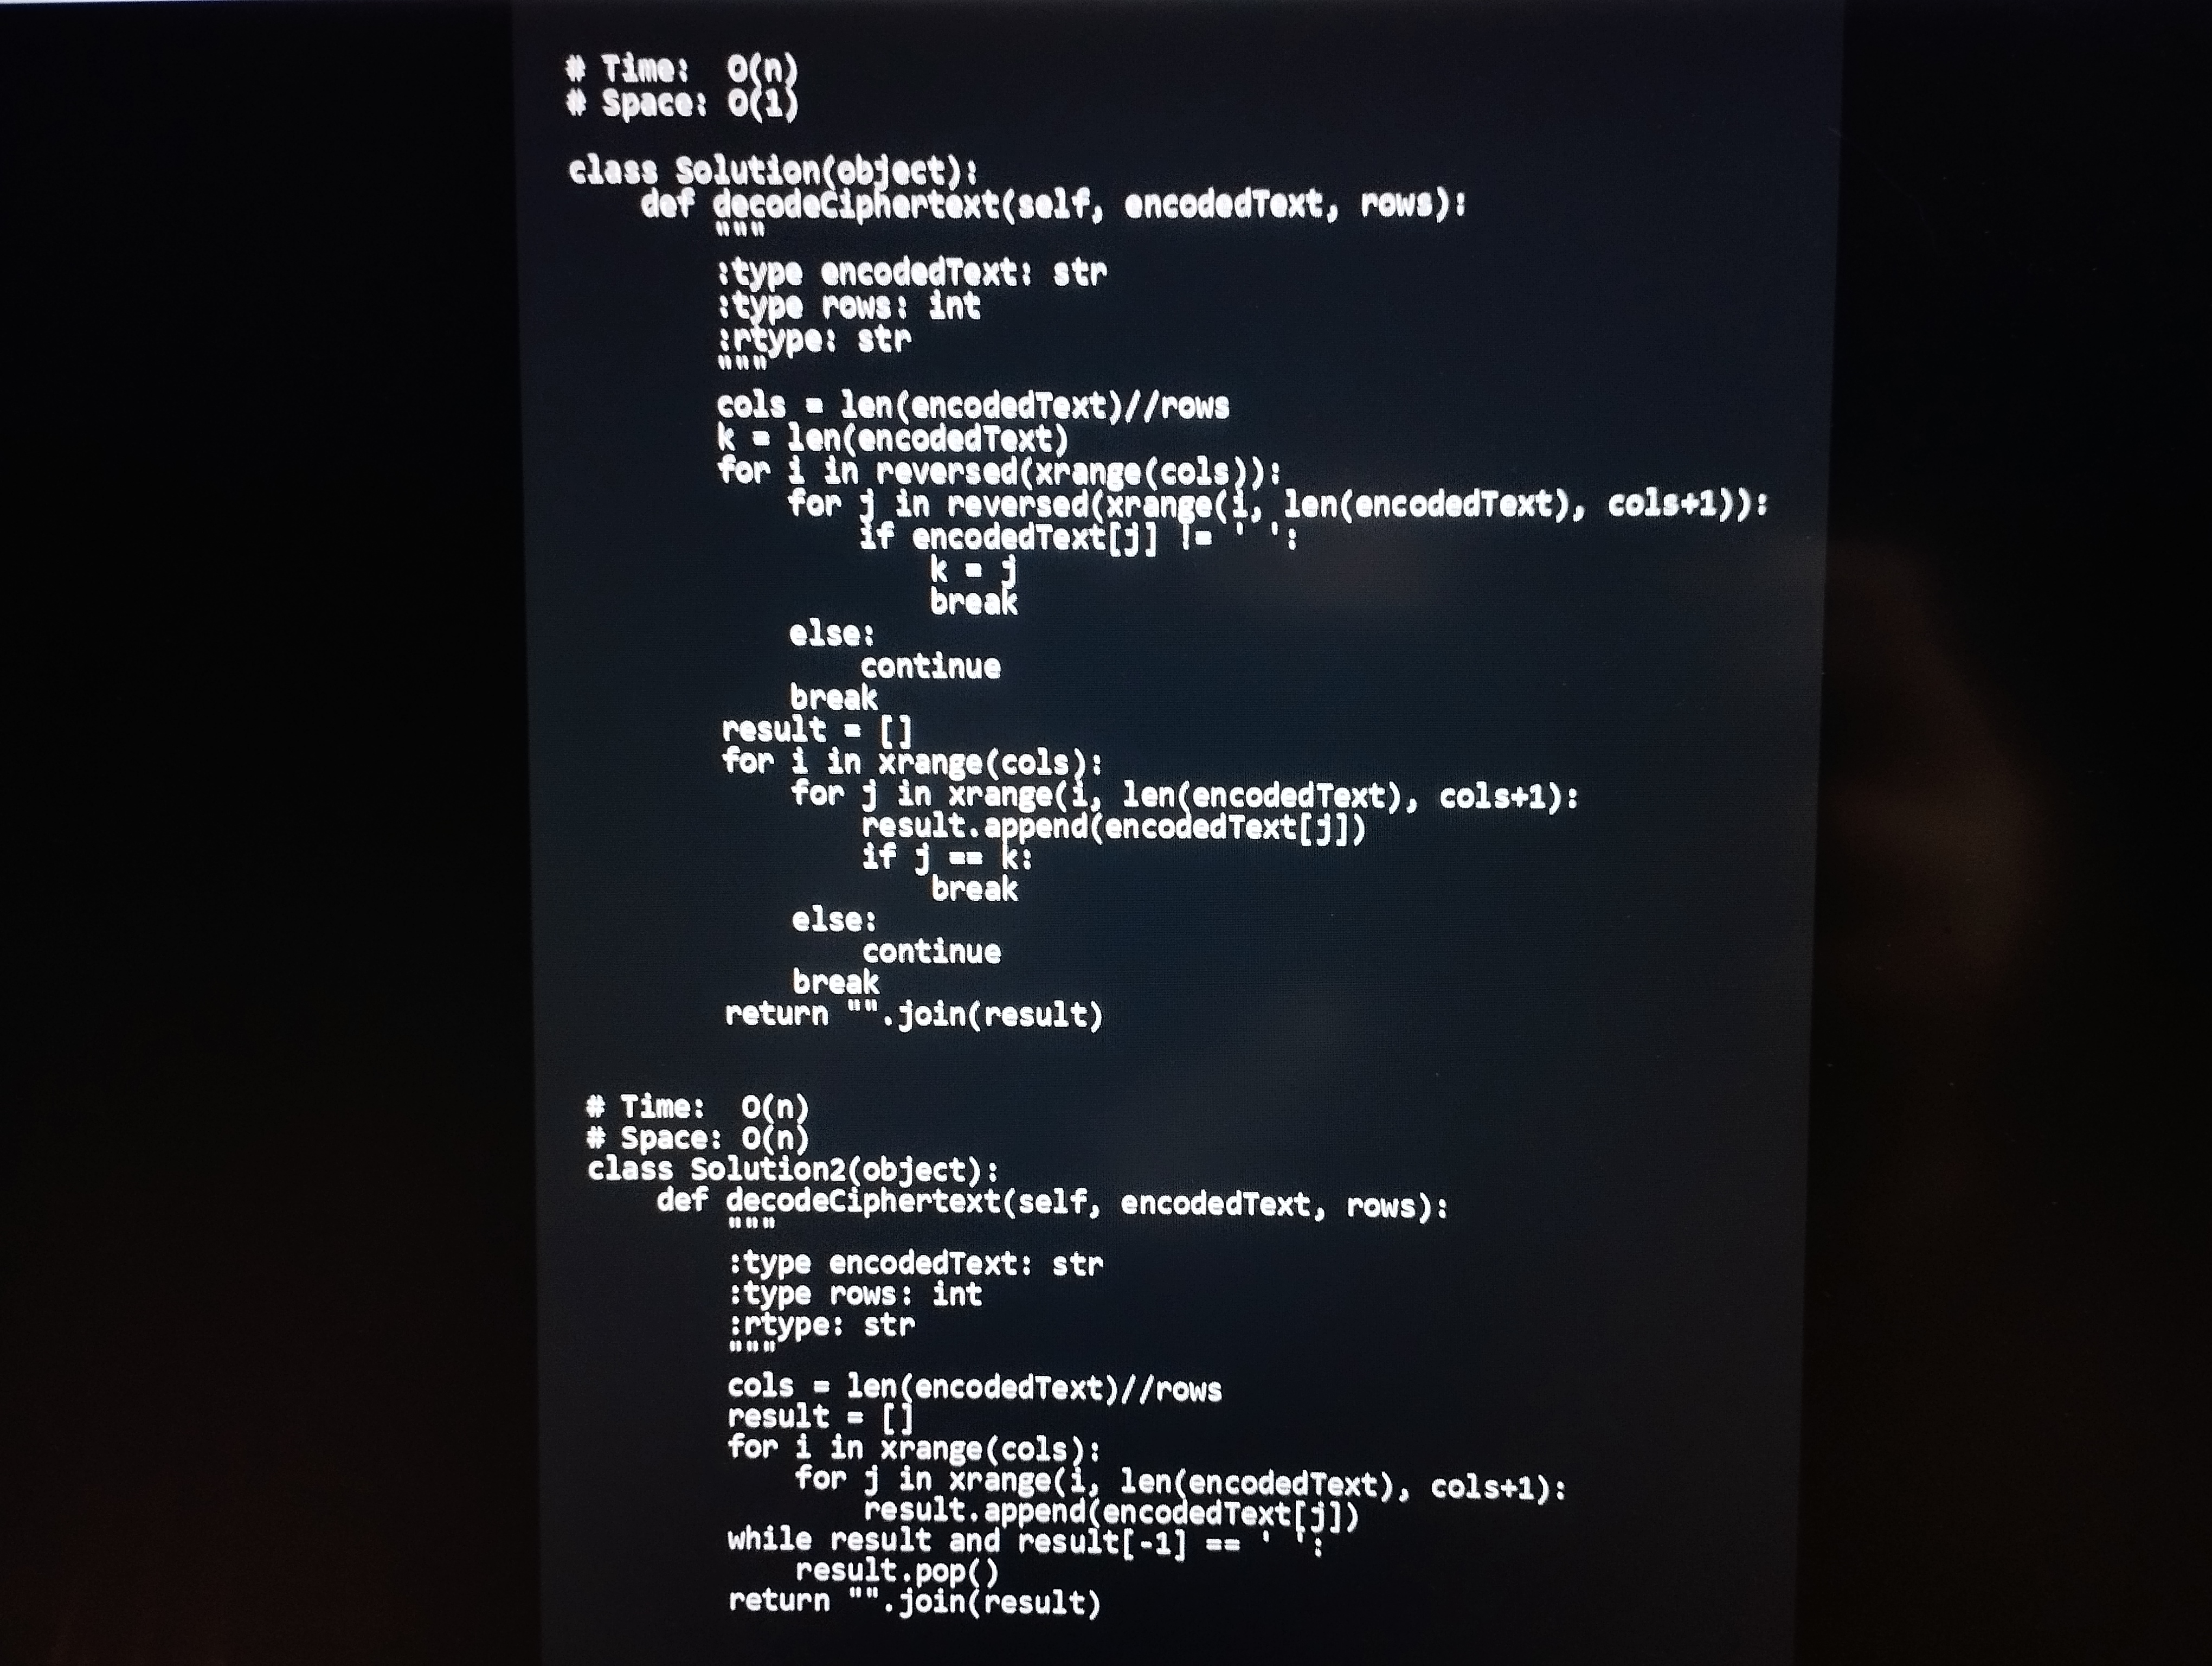
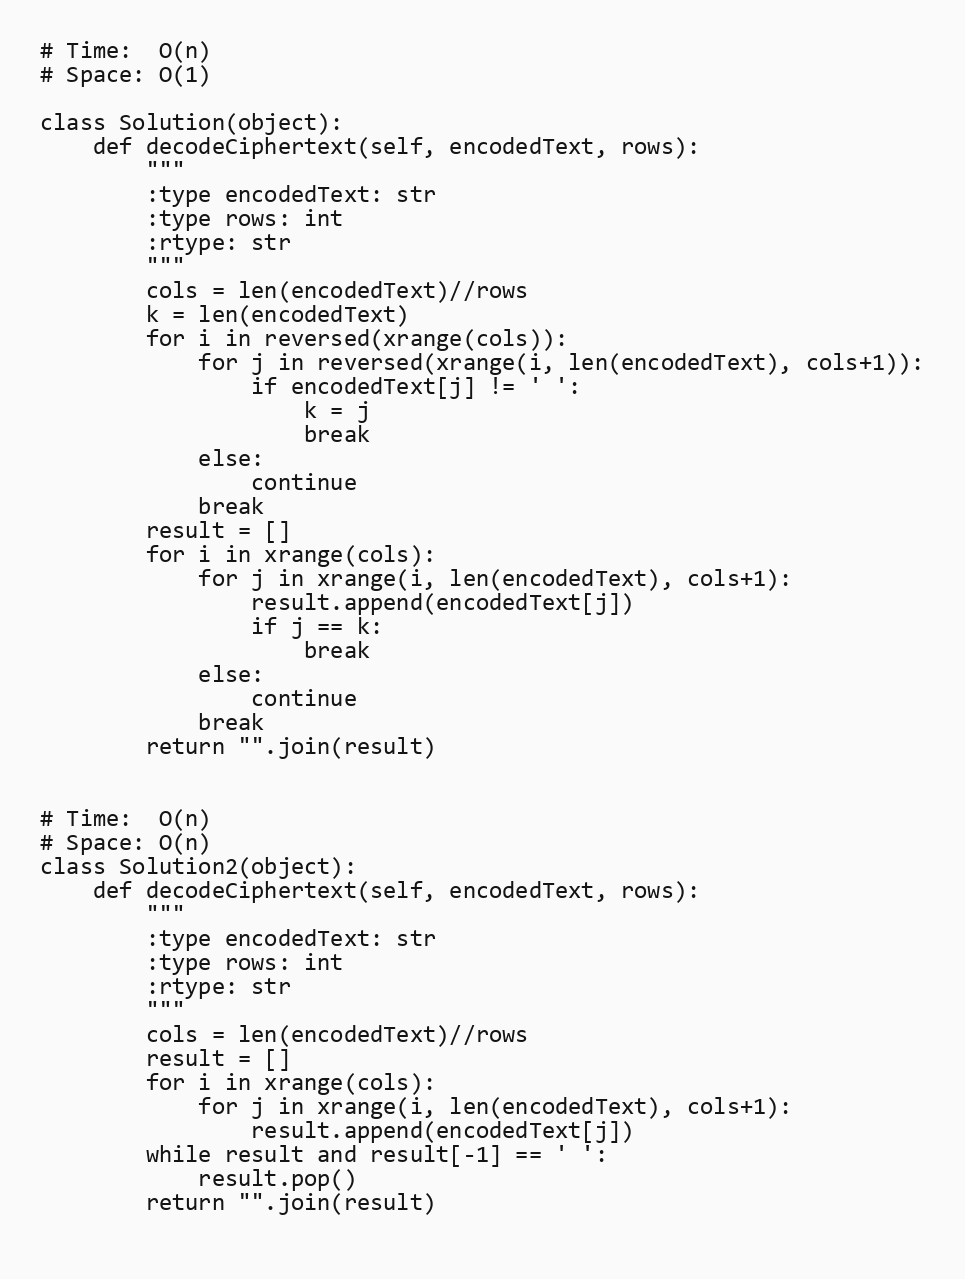
# Time:  O(n)
# Space: O(1)

class Solution(object):
    def decodeCiphertext(self, encodedText, rows):
        """
        :type encodedText: str
        :type rows: int
        :rtype: str
        """
        cols = len(encodedText)//rows
        k = len(encodedText)
        for i in reversed(xrange(cols)):
            for j in reversed(xrange(i, len(encodedText), cols+1)):
                if encodedText[j] != ' ':
                    k = j
                    break
            else:
                continue
            break
        result = []
        for i in xrange(cols):
            for j in xrange(i, len(encodedText), cols+1):
                result.append(encodedText[j])
                if j == k:
                    break
            else:
                continue
            break
        return "".join(result)

# Time:  O(n)
# Space: O(n)
class Solution2(object):
    def decodeCiphertext(self, encodedText, rows):
        """
        :type encodedText: str
        :type rows: int
        :rtype: str
        """
        cols = len(encodedText)//rows
        result = []
        for i in xrange(cols):
            for j in xrange(i, len(encodedText), cols+1):
                result.append(encodedText[j])
        while result and result[-1] == ' ':
            result.pop()
        return "".join(result)